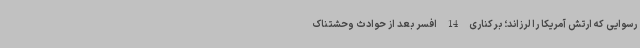
رسوایی که ارتش آمریکا را لرزاند؛ برکناری 14 افسر بعد از حوادث وحشتناک